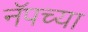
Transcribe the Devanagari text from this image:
नॅपच्या